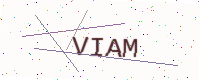
Text: VIAM